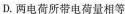
D.两电荷所带电荷量相等